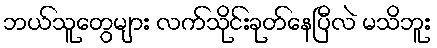
ဘယ်သူတွေများ လက်သိုင်းခုတ်နေပြီလဲ မသိဘူး